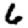
Digit: 6